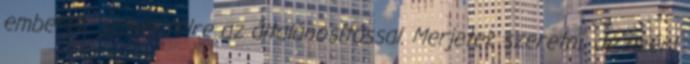
emberek. szóval félre az általánosítással. Merjetek szeretni, de azért